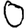
Digit: 0